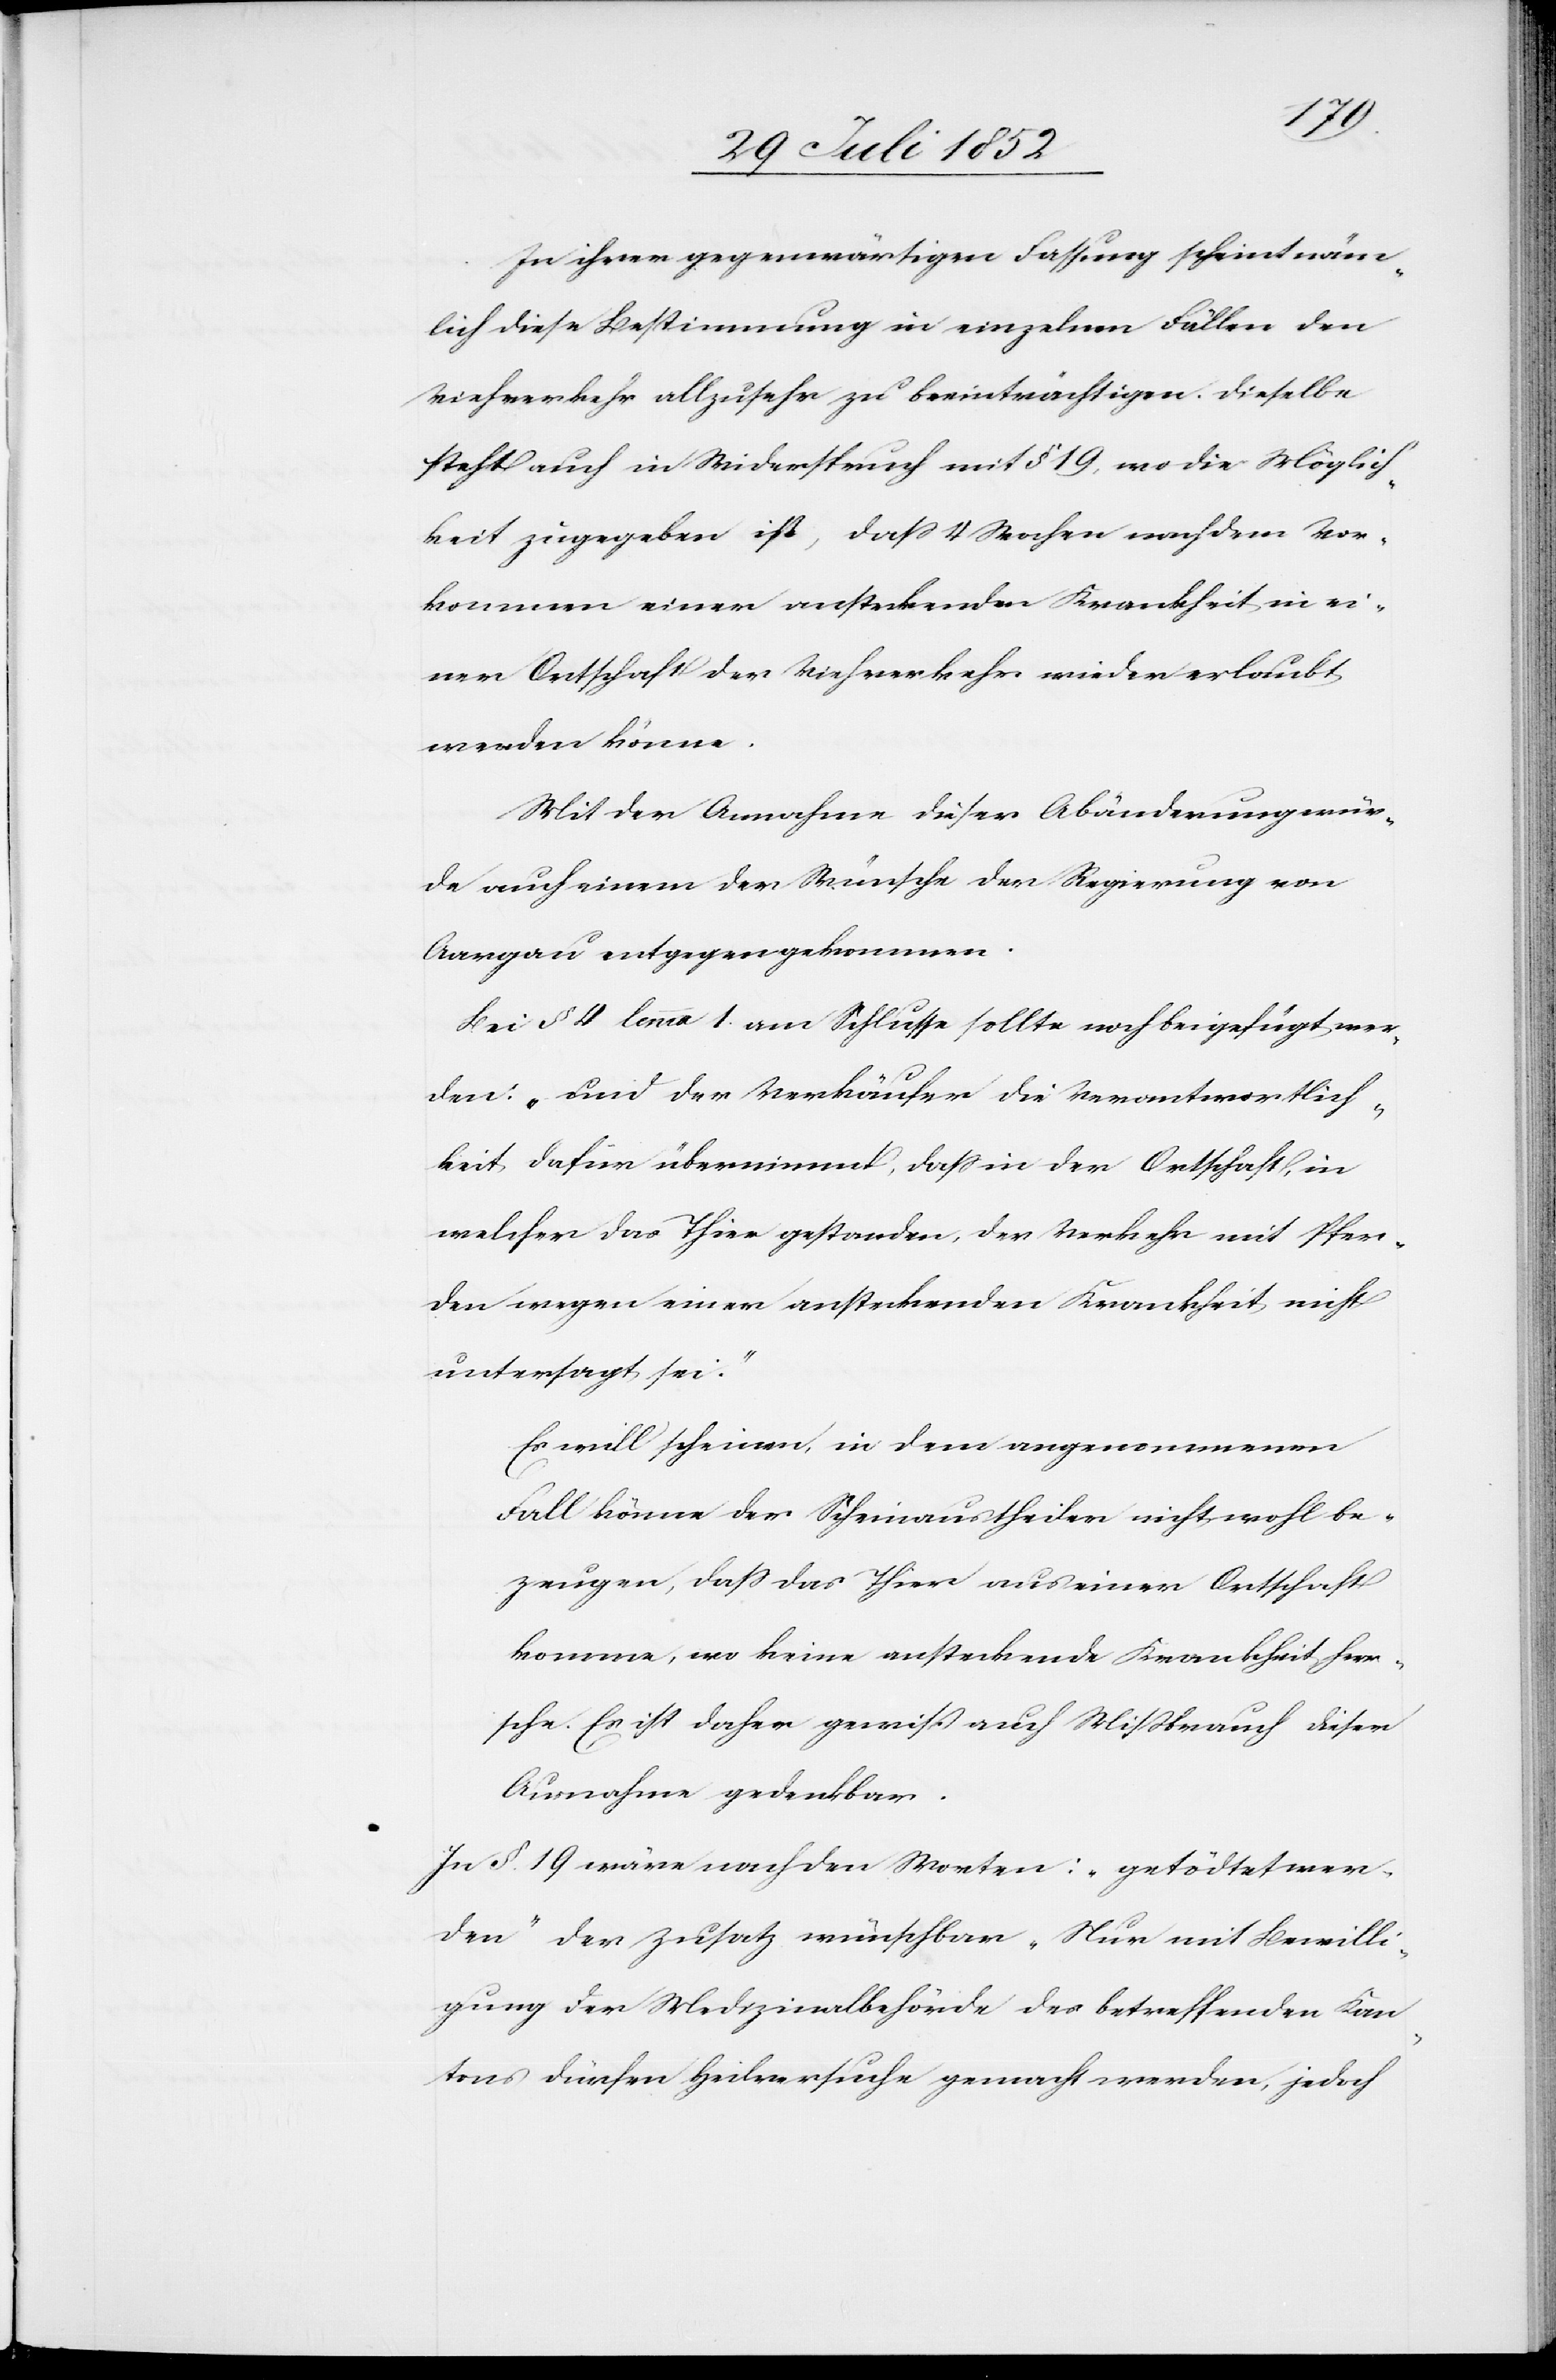
In ihrer gegenwärtigen Fassung scheint näm¬
lich diese Bestimmung in einzelnen Fällen den
Viehverkehr allzusehr zu beeinträchtigen. Dieselbe
steht auch in Widerspruch mit § 19, wo die Möglich¬
keit zugegeben ist, dass 4 Wochen nach dem Vor¬
kommen einer ansteckenden Krankheit in ei¬
ner Ortschaft der Viehverkehr wieder erlaubt
werden könne.
Mit der Annahme dieser Abänderung wür¬
de auch einem der Wünsche der Regierung von
Aargau entgegen gekommen.
Bei § 4 lemma 1. am Schlusse sollte noch beigefügt wer¬
den: „und der Verkäufer die Verantwortlich¬
keit dafür übernimmt, dass in der Ortschaft, in
welcher das Thier gestanden, der Verkehr mit Pfer¬
den wegen einer ansteckenden Krankheit nicht
untersagt sei.“
Es will scheinen, in dem angenommenen
Fall könne der Scheinaustheiler nicht wohl be¬
zeugen, dass das Thier aus einer Ortschaft
komme, wo keine ansteckende Krankheit herr¬
sche. Es ist daher gewiß auch Mißbrauch dieser
Ausnahme gedenkbar.
In §. 19 wäre nach den Worten: „getödtet wer¬
den“ der Zusatz wünschbar „Nur mit Bewilli¬
gung der Medizinalbehörde des betreffenden Kan¬
tons dürfen Heilversuche gemacht werden, jedoch